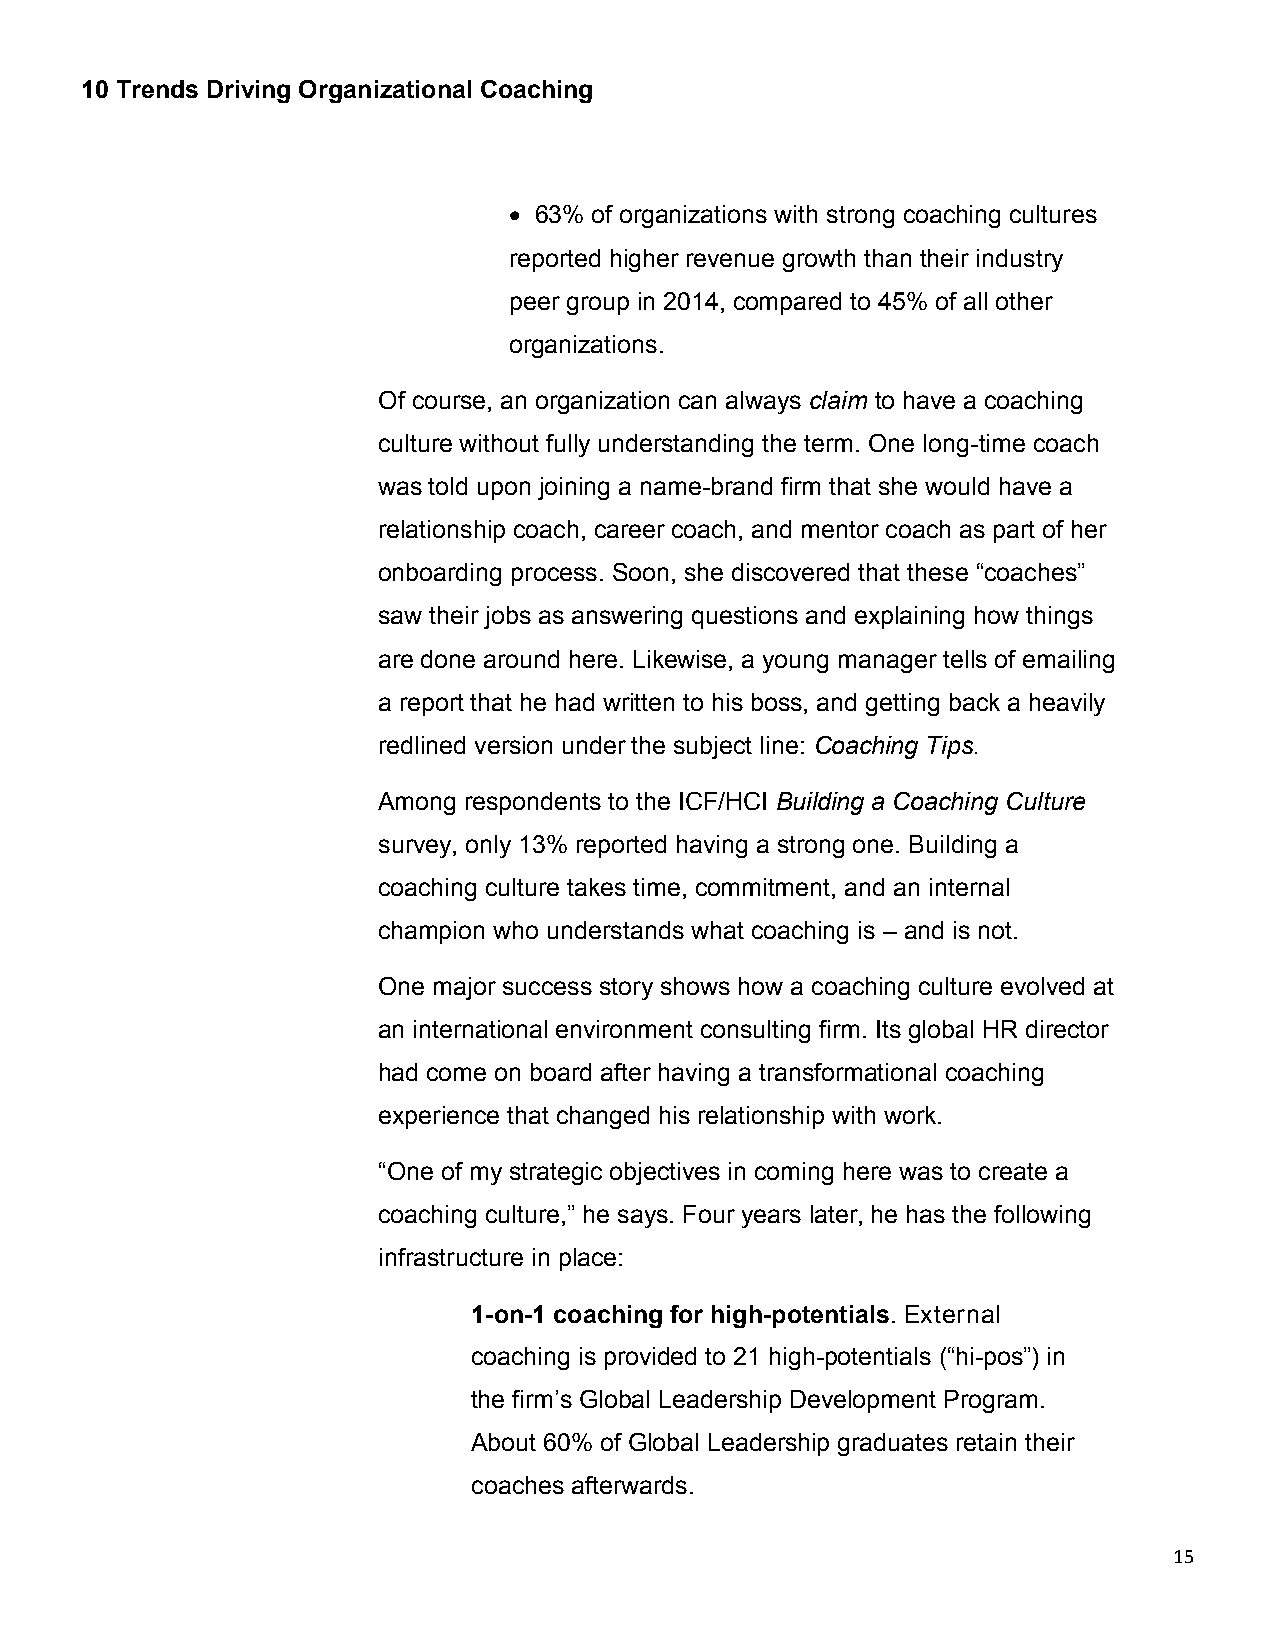
10 Trends Driving Organizational Coaching
  63% of organizations with strong coaching cultures
 reported higher revenue growth than their industry
 peer group in 2014, compared to 45% of all other
 organizations.
 Of course, an organization can always claim to have a coaching
 culture without fully understanding the term. One long-time coach
 was told upon joining a name-brand firm that she would have a
 relationship coach, career coach, and mentor coach as part of her
 onboarding process. Soon, she discovered that these “coaches”
 saw their jobs as answering questions and explaining how things
 are done around here. Likewise, a young manager tells of emailing
 a report that he had written to his boss, and getting back a heavily
 redlined version under the subject line: Coaching Tips.
 Among respondents to the ICF/HCI Building a Coaching Culture
 survey, only 13% reported having a strong one. Building a
 coaching culture takes time, commitment, and an internal
 champion who understands what coaching is – and is not.
 One major success story shows how a coaching culture evolved at
 an international environment consulting firm. Its global HR director
 had come on board after having a transformational coaching
 experience that changed his relationship with work.
 “One of my strategic objectives in coming here was to create a
 coaching culture,” he says. Four years later, he has the following
 infrastructure in place:
 1-on-1 coaching for high-potentials. External
 coaching is provided to 21 high-potentials (“hi-pos”) in
 the firm’s Global Leadership Development Program.
 About 60% of Global Leadership graduates retain their
 coaches afterwards.
 15